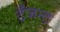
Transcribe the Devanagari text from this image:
टँजन्ट